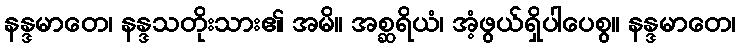
နန္ဒမာတေ၊ နန္ဒသတိုးသား၏ အမိ။ အစ္ဆရိယံ၊ အံ့ဖွယ်ရှိပါပေစွ။ နန္ဒမာတေ၊